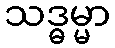
သဒ္ဓမ္မာ